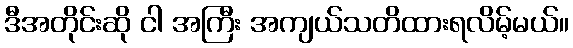
ဒီအတိုင်းဆို ငါ အကြီး အကျယ်သတိထားရလိမ့်မယ်။